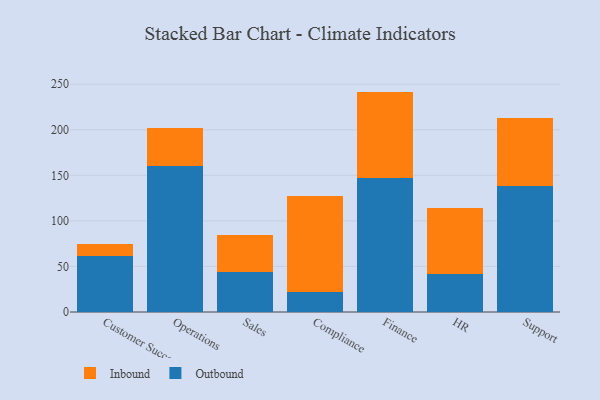
{"axis": {"x": "Department", "y": "Net Income (USD K)"}, "legend": ["Inbound", "Outbound"], "data": [{"x": "Customer Success", "y": 61.1, "type": "Outbound"}, {"x": "Customer Success", "y": 13.2, "type": "Inbound"}, {"x": "Operations", "y": 160.6, "type": "Outbound"}, {"x": "Operations", "y": 41.8, "type": "Inbound"}, {"x": "Sales", "y": 44.3, "type": "Outbound"}, {"x": "Sales", "y": 40.5, "type": "Inbound"}, {"x": "Compliance", "y": 21.6, "type": "Outbound"}, {"x": "Compliance", "y": 105.8, "type": "Inbound"}, {"x": "Finance", "y": 147.2, "type": "Outbound"}, {"x": "Finance", "y": 94.7, "type": "Inbound"}, {"x": "HR", "y": 41.8, "type": "Outbound"}, {"x": "HR", "y": 72.1, "type": "Inbound"}, {"x": "Support", "y": 138.8, "type": "Outbound"}, {"x": "Support", "y": 74.2, "type": "Inbound"}]}